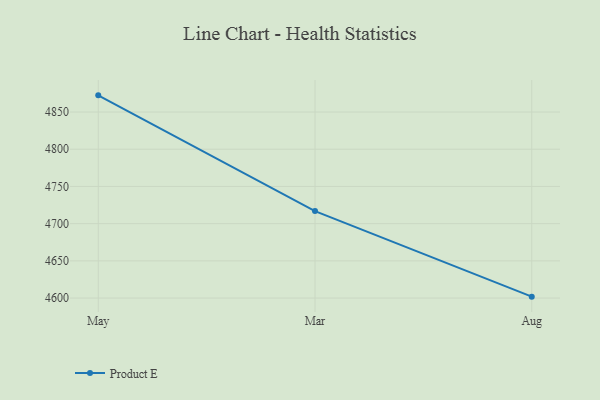
{"axis": {"x": "Month", "y": "Latency (ms)"}, "legend": ["Product E"], "data": [{"x": "May", "y": 4872.4, "type": "Product E"}, {"x": "Mar", "y": 4716.9, "type": "Product E"}, {"x": "Aug", "y": 4601.9, "type": "Product E"}]}